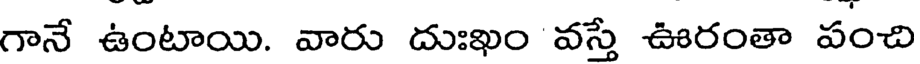
గానే ఉంటాయి. వారు దుఃఖం వస్తే ఊరంతా పంచి